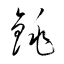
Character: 銚